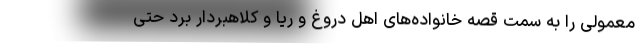
معمولی را به سمت قصه خانواده‌های اهل دروغ و ریا و کلاهبردار برد حتی